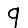
Digit: 9